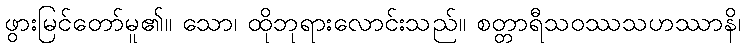
ဖွားမြင်တော်မူ၏။ သော၊ ထိုဘုရားလောင်းသည်။ စတ္တာရီသဝဿသဟဿာနိ၊